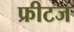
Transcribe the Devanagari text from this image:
फ्रीटज